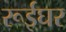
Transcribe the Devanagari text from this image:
रूईघर